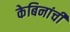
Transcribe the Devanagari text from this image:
केबिनांची